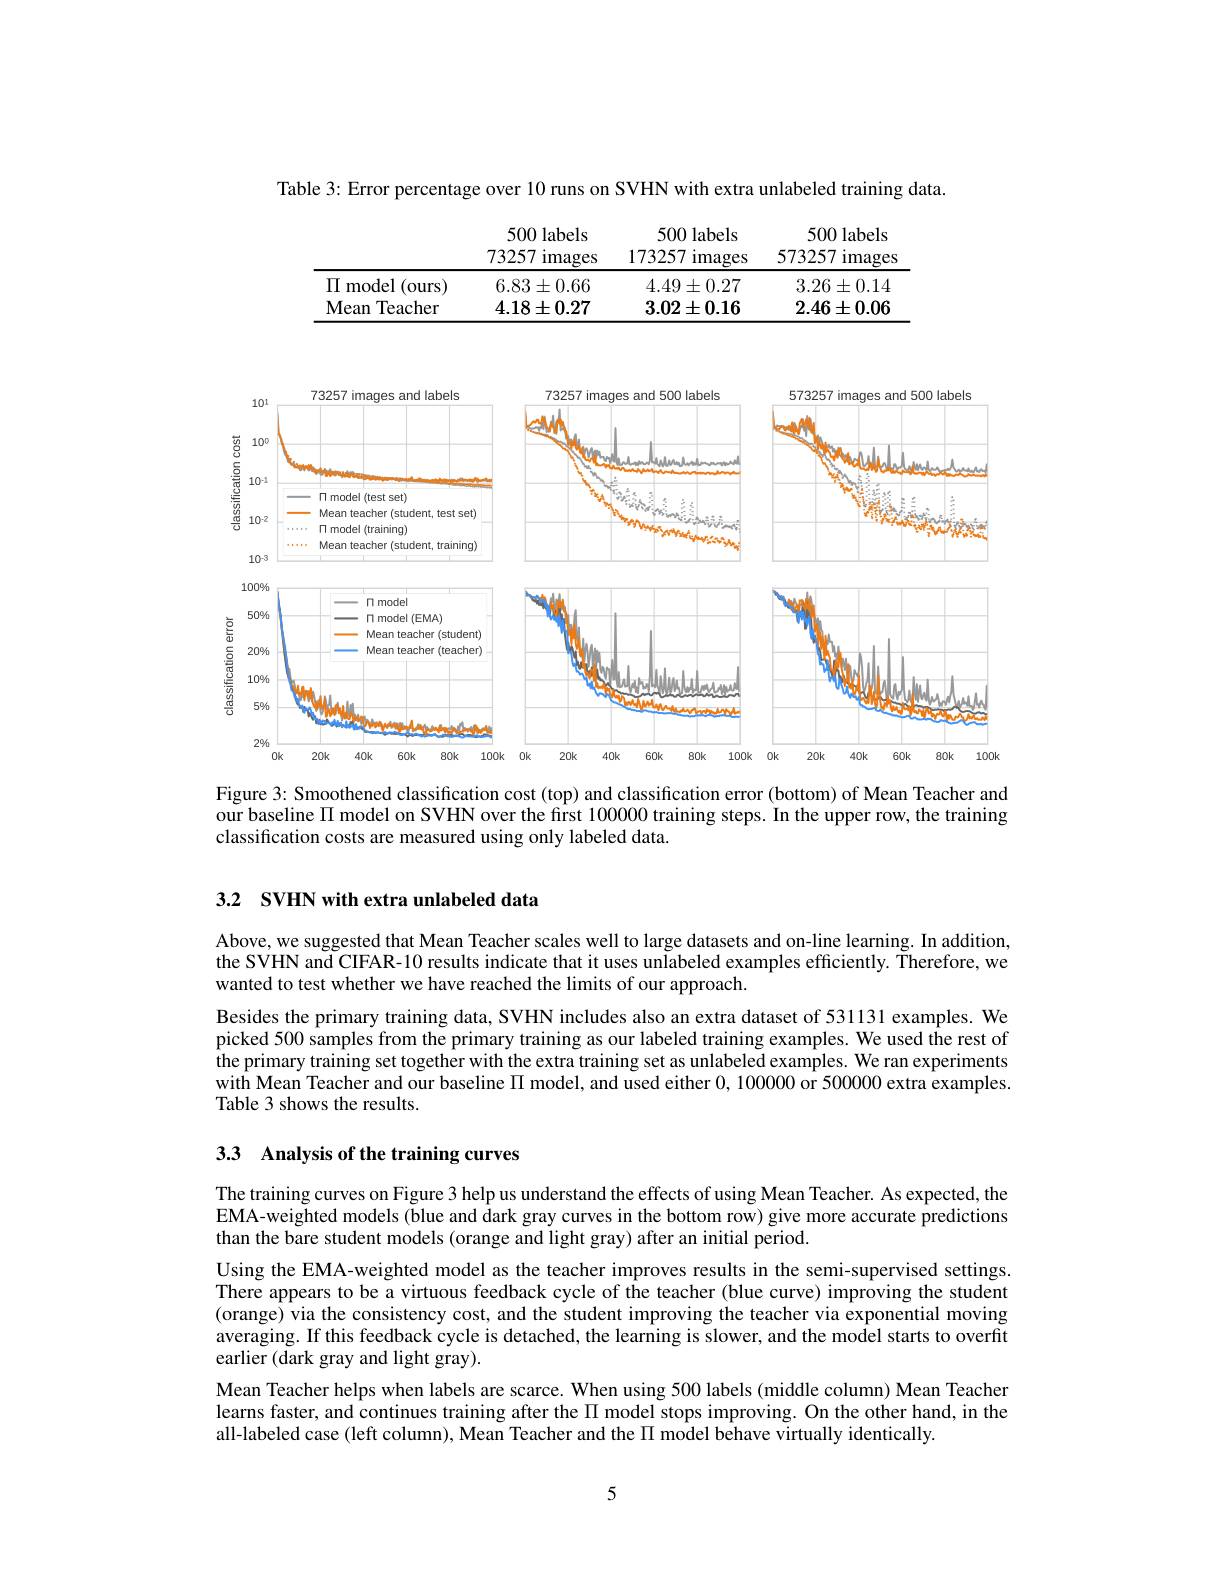
Table 3: Error percentage over 10 runs on SVHN with extra unlabeled training data

<table>
	<tbody>
		<tr>
			<th> </th>
			<th>500 labels 73257 images</th>
			<th>500 labels 173257 images</th>
			<th>500 labels 573257 images</th>
		</tr>
		<tr>
			<td>$\Pi$ model (ours</td>
			<td>$6.83\pm0.66$</td>
			<td>$4.49\pm0.27$</td>
			<td>$3.26\pm0.14$</td>
		</tr>
		<tr>
			<td>Mean Teacher</td>
			<td>$4.18\pm0.27$</td>
			<td>$3.02\pm0.16$</td>
			<td>$2.46\pm0.06$</td>
		</tr>
	</tbody>
</table>

<FigureHere>

Figure 3: Smoothened classification cost (top) and classification error (bottom) of Mean Teacher and our baseline $\Pi$ model on SVHN over the first 100000 training steps. In the upper row, the training classification costs are measured using only labeled data.

3.2 SVHN with extra unlabeled data

Above, we suggested that Mean Teacher scales well to large datasets and on-line learning. In addition, the SVHN and CIFAR-10 results indicate that it uses unlabeled examples efficiently. Therefore, we wanted to test whether we have reached the limits of our approach.

Besides the primary training data, SVHN includes also an extra dataset of 531131 examples. We picked 500 samples from the primary training as our labeled training examples. We used the rest of the primary training set together with the extra training set as unlabeled examples. We ran experiments with Mean Teacher and our baseline $\Pi$ model, and used either 0,100000 or 500000 extra examples. Table 3 shows the results.

# 3.3 Analysis of the training curves

The training curves on Figure 3 help us understand the effects of using Mean Teacher. As expected, the EMA-weighted models (blue and dark gray curves in the bottom row) give more accurate predictions than the bare student models (orange and light gray) after an initial period.
Using the EMA-weighted model as the teacher improves results in the semi-supervised settings There appears to be a virtuous feedback cycle of the teacher (blue curve) improving the student (orange) via the consistency cost, and the student improving the teacher via exponential moving averaging. If this feedback cycle is detached, the learning is slower, and the model starts to overfit earlier (dark gray and light gray).
Mean Teacher helps when labels are scarce. When using 500 labels (middle column) Mean Teacher learns faster, and continues training after the $\Pi$ model stops improving. On the other hand, in the all-labeled case (left column), Mean Teacher and the $\Pi$ model behave virtually identically.

5